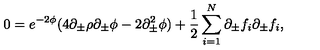
0 = e ^ { - 2 \phi } ( 4 \partial _ { \pm } \rho \partial _ { \pm } \phi - 2 \partial _ { \pm } ^ { 2 } \phi ) + { \frac { 1 } { 2 } } \sum _ { i = 1 } ^ { N } \partial _ { \pm } f _ { i } \partial _ { \pm } f _ { i } ,